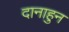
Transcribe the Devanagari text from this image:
दानाहुन